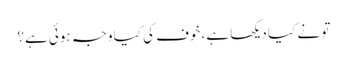
تو نے کیا دیکھا ہے، خوف کی کیا وجہ ہوئی ہے؟